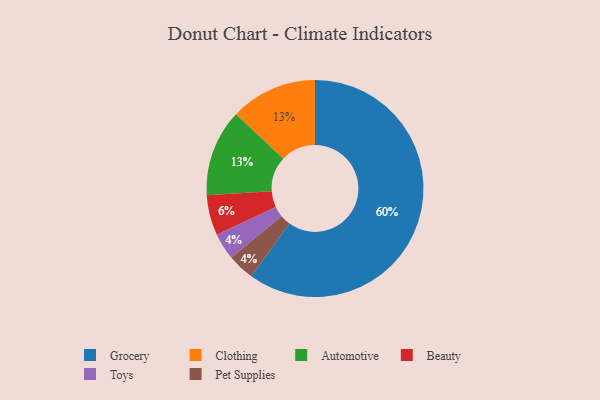
{"axis": {"x": "Category", "y": "Percentage"}, "legend": ["Automotive", "Beauty", "Clothing", "Grocery", "Pet Supplies", "Toys"], "data": [{"x": "Toys", "y": 4, "type": "Toys"}, {"x": "Pet Supplies", "y": 4, "type": "Pet Supplies"}, {"x": "Beauty", "y": 6, "type": "Beauty"}, {"x": "Grocery", "y": 60, "type": "Grocery"}, {"x": "Clothing", "y": 13, "type": "Clothing"}, {"x": "Automotive", "y": 13, "type": "Automotive"}]}